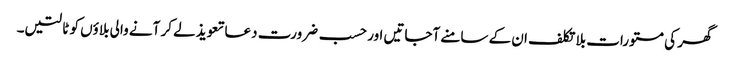
گھر کی مستورات بلا تکلف ان کے سامنے آجاتیں اور حسب ضرورت دعا تعویذ لے کر آنے والی بلاؤں کو ٹالتیں۔